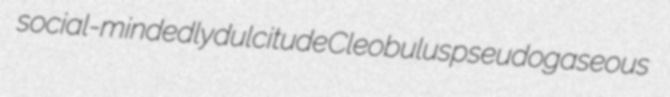
social-mindedly dulcitude Cleobulus pseudogaseous